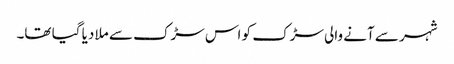
شہر سے آنے والی سڑک کو اس سڑک سے ملا دیا گیا تھا۔